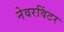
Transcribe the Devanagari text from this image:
नेवरविंटर